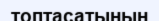
топтасатынын